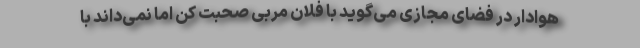
هوادار در فضای مجازی می‌گوید با فلان مربی صحبت کن اما نمی‌داند با